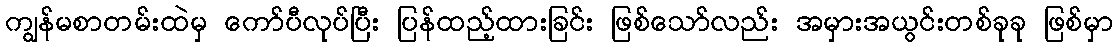
ကျွန်မစာတမ်းထဲမှ ကော်ပီလုပ်ပြီး ပြန်ထည့်ထားခြင်း ဖြစ်သော်လည်း အမှားအယွင်းတစ်ခုခု ဖြစ်မှာ